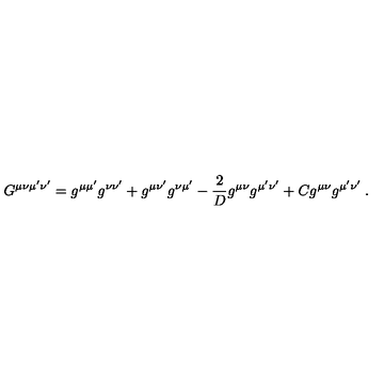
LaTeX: G ^ { \mu \nu \mu ^ { \prime } \nu ^ { \prime } } = g ^ { \mu \mu ^ { \prime } } g ^ { \nu \nu ^ { \prime } } + g ^ { \mu \nu ^ { \prime } } g ^ { \nu \mu ^ { \prime } } - { \frac { 2 } { D } } g ^ { \mu \nu } g ^ { \mu ^ { \prime } \nu ^ { \prime } } + C g ^ { \mu \nu } g ^ { \mu ^ { \prime } \nu ^ { \prime } } \: .